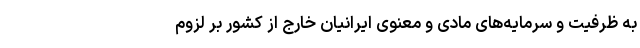
به ظرفیت و سرمایه‌های مادی و معنوی ایرانیان خارج از کشور بر لزوم